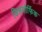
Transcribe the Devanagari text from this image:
डिसमोर्फिक